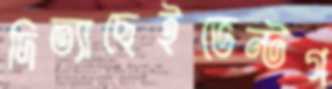
দিত্যাছেইভেন্টগ